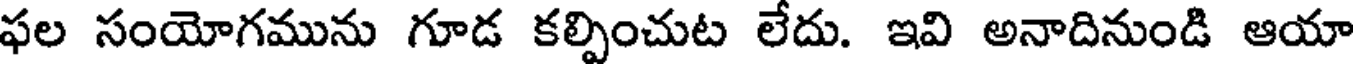
ఫల సంయోగమును గూడ కల్పించుట లేదు. ఇవి అనాదినుండి ఆయా